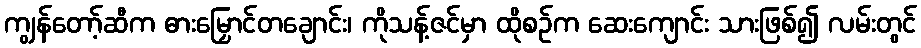
ကျွန်တော့်ဆီက ဓားမြှောင်တချောင်း၊ ကိုသန့်ဇင်မှာ ထိုစဉ်က ဆေးကျောင်း သားဖြစ်၍ လမ်းတွင်